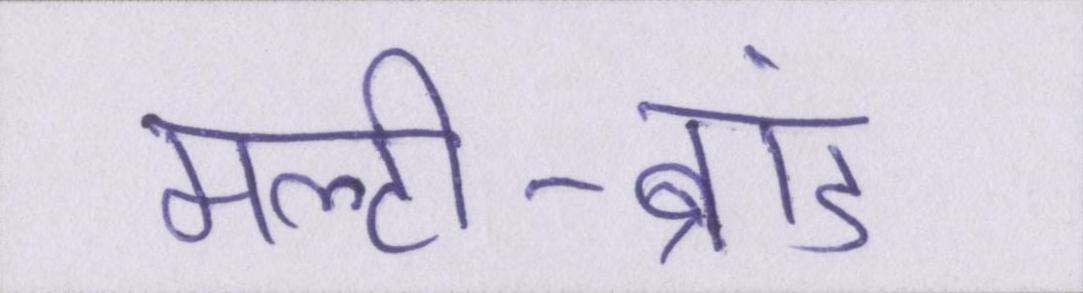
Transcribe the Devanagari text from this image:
मल्टी-ब्रांड